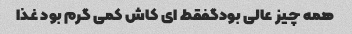
همه چیز عالی بودگفقط ای کاش کمی گرم بود غذا